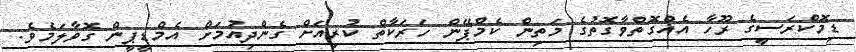
ޑިމޮކްރަސީގެ ރޫހާ އެއްގޮތްވާގޮތުގެ މަތިން ކެމްޕޭން ހަރަކާތް ކުރިއަށް ގެންދިއުމަށް އެމްޑީޕީން ގޮވާލަމެވެ.